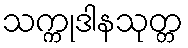
သက္ကုဒါနသုတ္တ